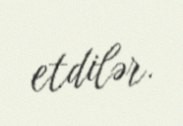
etdilər.